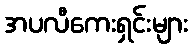
အပလီကေးရှင်းများ